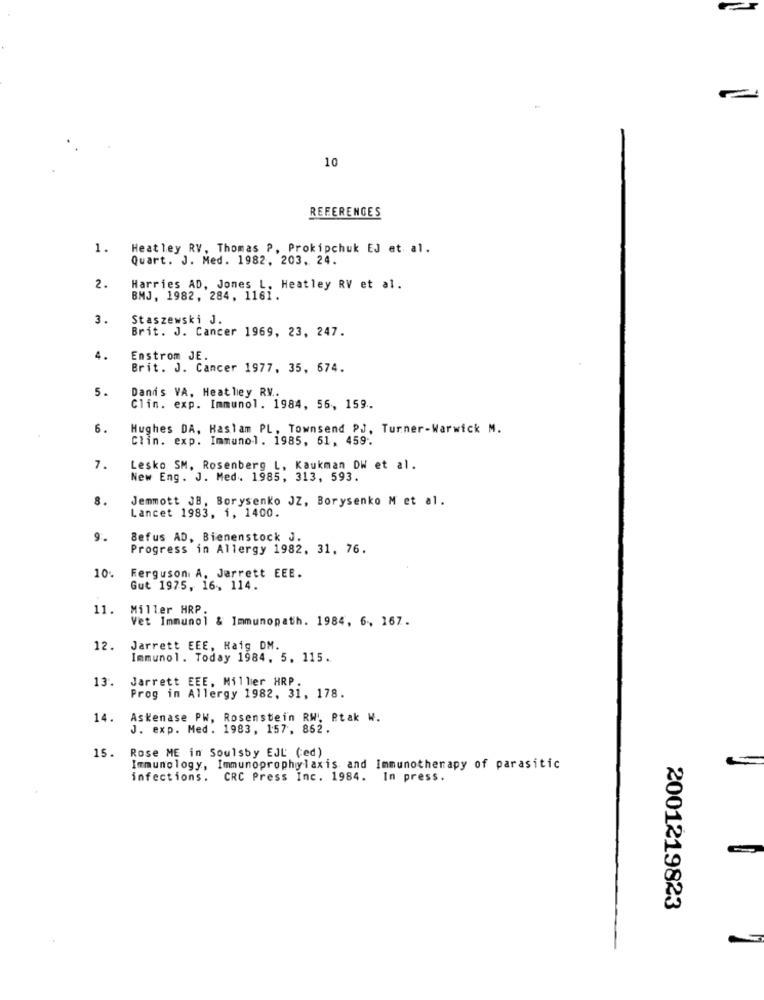
10
REFERENCES
1.
Heatley RV, Thomas P, Prokipchuk EJ et al.
Quart. J. Med. 1982, 203, 24.
2.
Harries AD, Jones L. Heatley RV et al.
BMJ, 1982, 284, 1161.
3.
Staszewski J.
Brit. J. Cancer 1969, 23, 247.
4.
Enstrom JE.
Brit. J. Cancer 1977, 35, 674.
5.
Danis VA, Heatley RV.
Clin. exp. Immunol. 1984, 56, 159.
6.
Hughes DA, Haslam PL, Townsend PJ, Turner-Warwick M.
Clin. exp. Immunol. 1985, 61, 459.
7.
Lesko SM, Rosenberg L, Kaukman DW et al.
New Eng. J. Med. 1985, 313, 593.
8.
Jemmott JB, Borysenko JZ, Borysenko M et al.
Lancet 1983, 1, 1400.
9.
Befus AD, Bienenstock J.
Progress in Allergy 1982. 31, 76.
10:
Ferguson A, Jarrett EEE.
Gut 1975, 16, 114.
11.
Miller HRP
Vet Immunol & Immunopath. 1984, 6, 167.
12.
Jarrett EEE, Haig DM.
Immunol. Today 1984. 5. 115.
Jarrett EEE, Miller HRP.
13.
Prog in Allergy 1982, 31, 178.
14.
Askenase PW, Rosenstein RW! Ptak W.
J. exp. Med. 1983, 157, 862.
Rose ME in Soulsby EJL' (ed)
15.
Immunology, Immunoprophylaxis and Immunotherapy of parasitic
infections. CRC Press Inc. 1984. In press.
2001219823